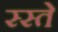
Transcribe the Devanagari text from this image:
स्स्ते